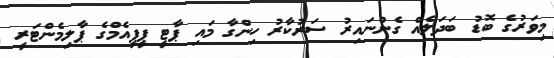
މިވަރުގެ ބޮޑު ބަދަލެއް ގެންނައިރު ސަރުކާރު ހިންގާ މައި ޕާޓީ ޕީޕީއެމްގެ ޕާލިމެންޓަރީ